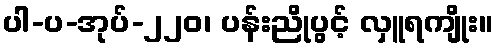
ပါ-ပ-အုပ်-၂၂၀၊ ပန်းညိုပွင့် လှူရကျိုး။